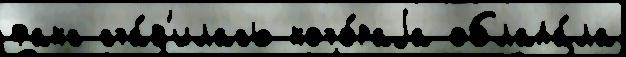
факс ста́в'илась кото́раjа облада́ла